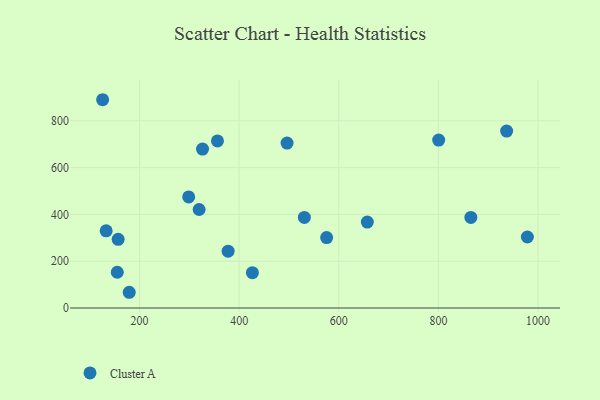
{"axis": {"x": "Engine Size", "y": "Profit"}, "legend": ["Cluster A"], "data": [{"x": "865.1", "y": 387.0, "type": "Cluster A"}, {"x": "377.9", "y": 243.1, "type": "Cluster A"}, {"x": "319.7", "y": 421.1, "type": "Cluster A"}, {"x": "326.5", "y": 679.2, "type": "Cluster A"}, {"x": "157.2", "y": 293.4, "type": "Cluster A"}, {"x": "179.4", "y": 67.2, "type": "Cluster A"}, {"x": "978.5", "y": 303.5, "type": "Cluster A"}, {"x": "657.2", "y": 367.5, "type": "Cluster A"}, {"x": "155.4", "y": 152.9, "type": "Cluster A"}, {"x": "126.0", "y": 890.3, "type": "Cluster A"}, {"x": "298.7", "y": 475.0, "type": "Cluster A"}, {"x": "133.1", "y": 329.7, "type": "Cluster A"}, {"x": "575.6", "y": 301.2, "type": "Cluster A"}, {"x": "426.6", "y": 151.1, "type": "Cluster A"}, {"x": "800.5", "y": 717.9, "type": "Cluster A"}, {"x": "356.5", "y": 714.3, "type": "Cluster A"}, {"x": "496.2", "y": 704.8, "type": "Cluster A"}, {"x": "936.9", "y": 756.2, "type": "Cluster A"}, {"x": "530.9", "y": 387.0, "type": "Cluster A"}]}